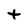
Character: t